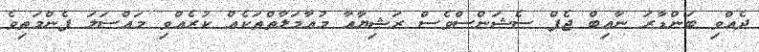
ދެއްވި ބަންޑާރަ ނާއިބް ޖެފް ސެޝަންސްވެސް ރަޝިޔާއާ މުއާމަލާތްތަކެއް ކުރެއްވި މައްސަލަ ފެންމަތިވެ